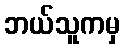
ဘယ်သူကမှ